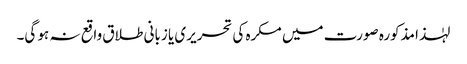
لہٰذا مذکورہ صورت میں مکرہ کی تحریری یا زبانی طلاق واقع نہ ہو گی۔